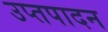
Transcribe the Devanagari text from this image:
उप्तपादन